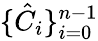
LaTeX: \{ \hat{C}_{i}\} _{i=0}^{n-1}